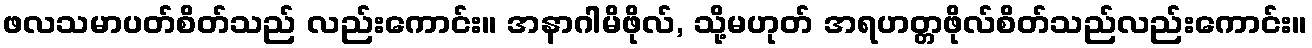
ဖလသမာပတ်စိတ်သည် လည်းကောင်း။ အနာဂါမိဖိုလ်, သို့မဟုတ် အရဟတ္တဖိုလ်စိတ်သည်လည်းကောင်း။